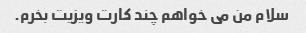
سلام من می خواهم چند کارت ویزیت بخرم.